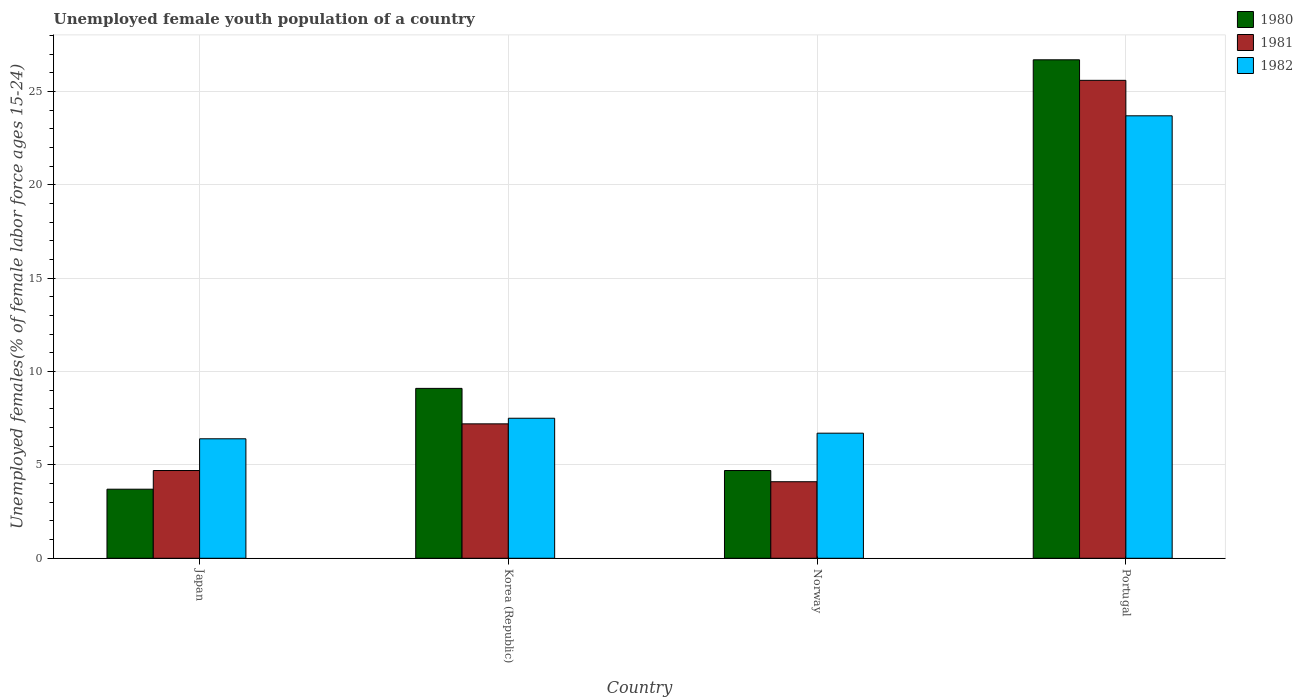
| Country | 1980 | 1981 | 1982 |
 | --- | --- | --- | --- |
 | Japan | 3.7 | 4.7 | 6.4 |
 | Korea (Republic) | 9.1 | 7.2 | 7.5 |
 | Norway | 4.7 | 4.1 | 6.7 |
 | Portugal | 26.7 | 25.6 | 23.7 |